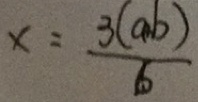
x = \frac { 3 ( a + b ) } { b }